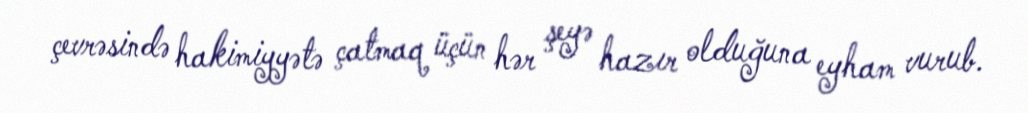
çevrəsində hakimiyyətə çatmaq üçün hər şeyə hazır olduğuna eyham vurub.